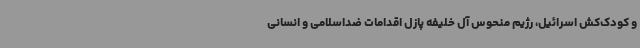
و کودک‌کش اسرائیل، رژیم منحوس آل خلیفه پازل اقدامات ضداسلامی و انسانی